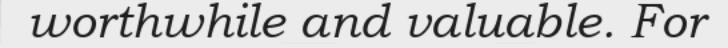
worthwhile and valuable. For